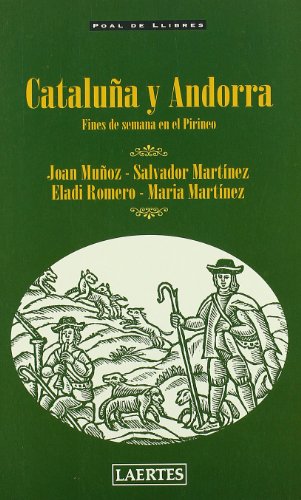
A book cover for Catalua y Andorra - Fines de Semana En El Pireneo (Spanish Edition); Joan Muoz; Travel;